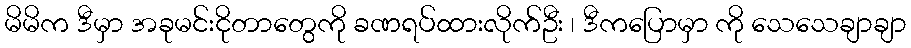
မိမိက ဒီမှာ အခုမင်းငိုတာတွေကို ခဏရပ်ထားလိုက်ဦး ၊ ဒီကပြောမှာ ကို သေသေချာချာ